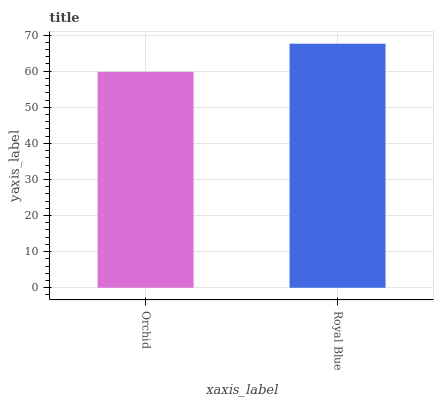
| xaxis_label | bars |
 | --- | --- |
 | Orchid | 59.8 |
 | Royal Blue | 67.6 |